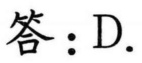
答：D.